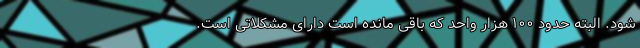
شود. البته حدود ۱۰۰ هزار واحد که باقی مانده است دارای مشکلاتی است.